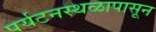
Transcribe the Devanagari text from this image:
पर्यटनस्थळापासून